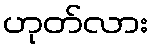
ဟုတ်လား